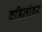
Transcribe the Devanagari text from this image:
वडिलांवर